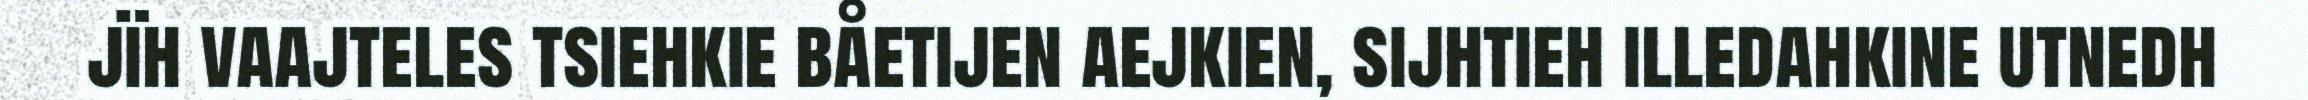
jïh vaajteles tsiehkie båetijen aejkien, sijhtieh illedahkine utnedh